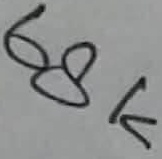
Text: 68K